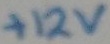
Text: +12V